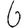
Digit: 6